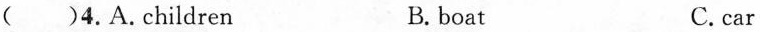
( )4.A.children B.boat C.car